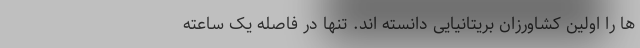
ها را اولین کشاورزان بریتانیایی دانسته اند. تنها در فاصله یک ساعته